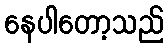
နေပါတော့သည်